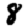
Digit: 8